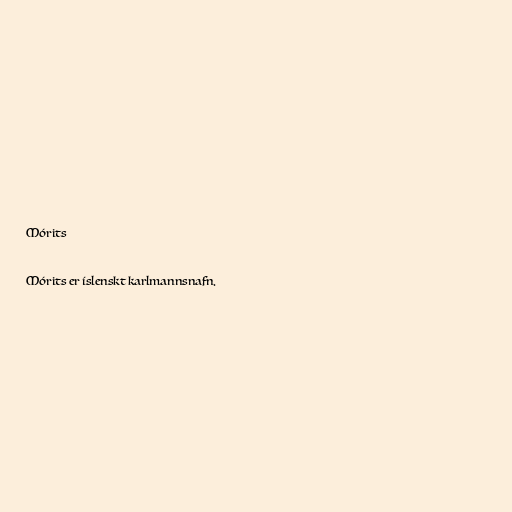
Mórits

Mórits er íslenskt karlmannsnafn.